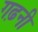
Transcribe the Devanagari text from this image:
गढ़नी